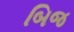
બિજ